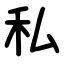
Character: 私